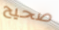
صحيح